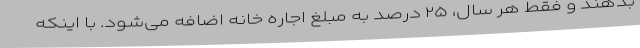
بدهند و فقط هر سال، ۲۵ درصد به مبلغ اجاره خانه اضافه می‌شود. با اینکه